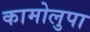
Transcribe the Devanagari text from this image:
कामोलुपा